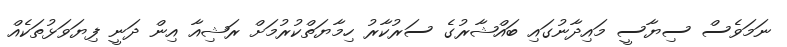
ނަމަވެސް ސިޔާސީ މައިދާނުގައި ބައްޝާރުގެ ސަރުކާރު ހިމާޔަތްކުރުމަށް ރަޝިއާ އިން ދަނީ ފިޔަވަޅުތަކެއް